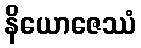
နိယောဇေဿံ